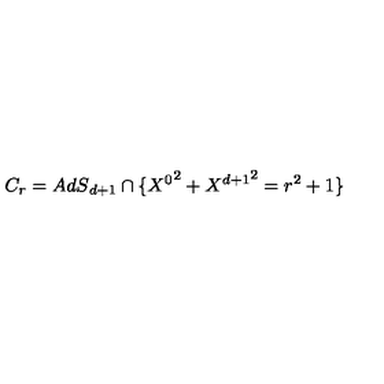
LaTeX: C _ { r } = { A d S } _ { d + 1 } \cap \{ { X ^ { 0 } } ^ { 2 } + { X ^ { d + 1 } } ^ { 2 } = r ^ { 2 } + 1 \}